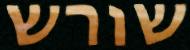
שורש